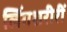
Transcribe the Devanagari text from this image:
लिंगशरीरीं